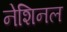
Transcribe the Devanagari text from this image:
नेशिनल